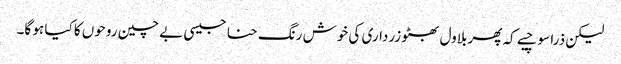
لیکن ذرا سوچیے کہ پھربلاول بھٹو زرداری کی خوش رنگ حنا جیسی بے چین روحوں کا کیا ہو گا۔